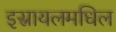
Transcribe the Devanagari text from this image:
इस्रायलमधिल